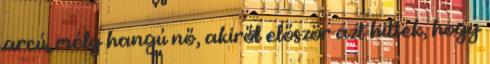
arcú, mély hangú nő, akiről először azt hitték, hogy